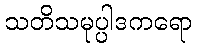
သတိသမုပ္ပါဒကရော